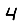
Digit: 4